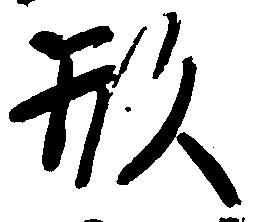
形